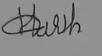
Signature authenticity: forged